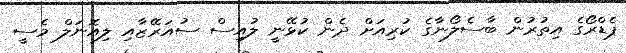
ޕެޑްރޯގެ އިތުރުން ބާސެލޯނާގެ ކުރިއަށް ދެން ކުޅޭނީ ލުއިސް ސުއަރޭޒާއި ލިއޮނަލް މެސީ